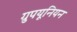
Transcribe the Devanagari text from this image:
ग्रुपयूनियन